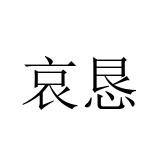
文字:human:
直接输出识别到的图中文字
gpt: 哀恳